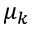
\mu _ { k }